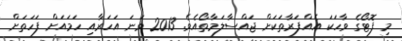
މި ފޮޓޯގެ ވާހަކަ އެއްފަރާތަކަށް ޖައްސާލަމާތޯއެވެ. 2013 ވަނަ އަހަރާއި ހަމައަށް ފަހަތަށް